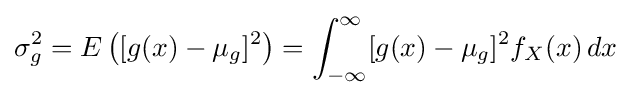
\sigma _{g}^{2}=E\left([g(x)-\mu _{g}]^{2}\right)=\int _{-\infty }^{\infty }[g(x)-\mu _{g}]^{2}f_{X}(x)\,dx